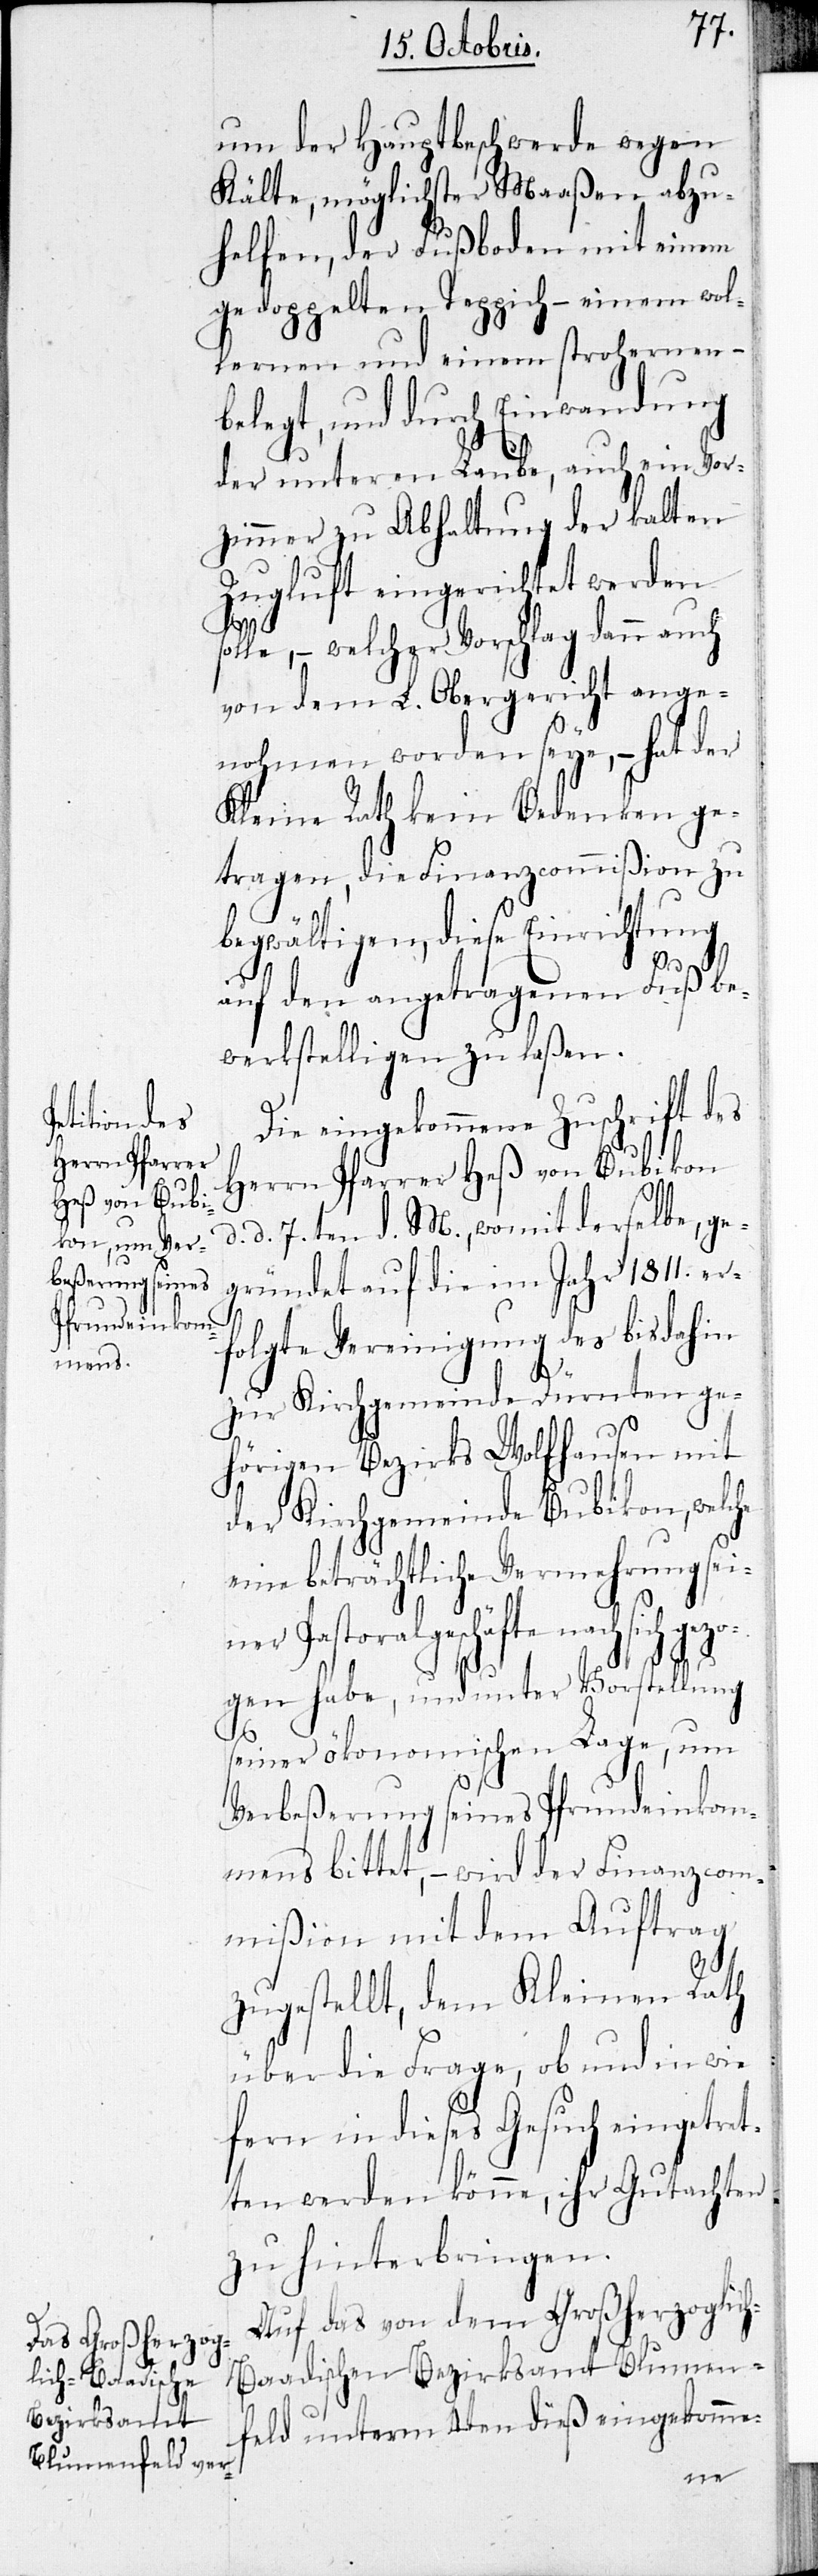
um der Hauptbeschwerde wegen
Kälte, möglichster Maaßen abzu¬
helfen, der Fußboden mit einem
gedoppelten Teppich – einem wol¬
lernen und einem strohernen –
belegt, und durch Einwandung
der unteren Laube, auch ein Vor¬
zimmer zu Abhaltung der kalten
Zugluft eingerichtet werden
sol¬
le, – welcher Vorschlag dann auch
von dem L. Obergericht ange¬
nohmen worden seye, – hat der
Kleine Rath kein Bedenken ge¬
tragen, die Finanzcommißion zu
begwältigen, diese Einrichtung
ezo¬
auf den angetragenen Fuß be¬
werkstelligen zu laßen.
Die eingekommene Zuschrift des
Herrn Pfarrer Heß von Bubikon
d. 7.ten d. M., womit derselbe, ge¬
gründet auf die im Jahr 1811. er¬
d.
folgte Vereinigung des bisdahin
zur Kirchgemeinde Dürnten ge¬
hörigen Bezirks Wolfhausen mit
der Kirchgemeinde Bubikon, welche
eine beträchtliche Vermehrung sein¬
er Pastoralgeschäfte nach sich g¬
gen habe, und unter Vorstellung
seiner ökonomischen Lage, um
Verbeßerung seines Pfrundeinkom¬
mens bittet, – wird der Finanzcom¬
mißion mit dem Auftrag
zugestellt, dem Kleinen Rath
über die Frage, ob und in wie
fern in dieses Gesuch eingetret¬
ten werden könne, ihr Gutachten
zu hinterbringen.
Auf das von dem Großherzoglic¬
h-Baadischen Bezirksamt Blumen¬
feld unterm 4ten dieß eingekomme-